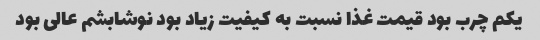
یکم چرب بود قیمت غذا نسبت به کیفیت زیاد بود نوشابشم عالی بود